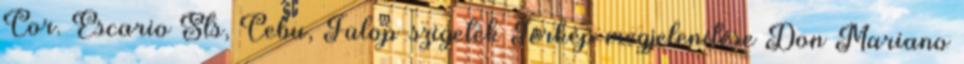
Cor. Escario Sts, Cebu, Fülöp-szigetek Térkép megjelenítése Don Mariano